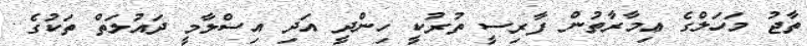
ތާޖު މަހަލްގެ ޢިމާރާތުން ފާރިސީ ތުރުކީ ހިންދީ އަދި އިސްލާމީ ދައުލަތް ތަކުގެ